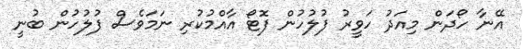
އޭނާ ހޯދަން މިއަދު ހަވީރު ފުލުހުން ފޮޓޯ އާއްމުކުރި ނަމަވެސް ފުލުހުން ބުނީ